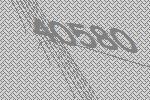
40580